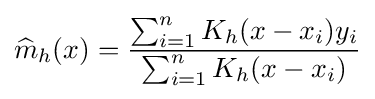
{\widehat {m}}_{h}(x)={\frac {\sum _{i=1}^{n}K_{h}(x-x_{i})y_{i}}{\sum _{i=1}^{n}K_{h}(x-x_{i})}}